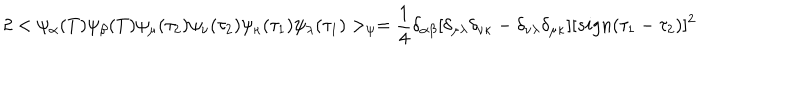
2 < \psi _ { \alpha } ( T ) \psi _ { \beta } ( T ) \psi _ { \mu } ( \tau _ { 2 } ) \psi _ { \nu } ( \tau _ { 2 } ) \psi _ { \kappa } ( \tau _ { 1 } ) \psi _ { \lambda } ( \tau _ { 1 } ) > _ { \psi } = { \frac { 1 } { 4 } } \delta _ { \alpha \beta } [ \delta _ { \mu \lambda } \delta _ { \nu \kappa } - \delta _ { \nu \lambda } \delta _ { \mu \kappa } ] [ s i g n ( \tau _ { 1 } - \tau _ { 2 } ) ] ^ { 2 }